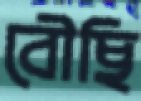
বৌছি